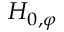
H _ { 0 , \varphi }